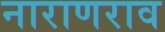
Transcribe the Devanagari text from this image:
नाराणराव